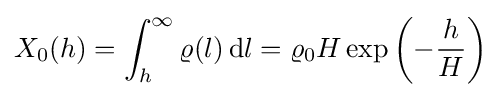
X_{0}(h)=\int _{h}^{\infty }\varrho (l)\,\mathrm {d} l=\varrho _{0}H\exp \left(-{\frac {h}{H}}\right)